Plague in India, 1896, 1897 - Volume 3
Year: 1896
Disease focus: Plague
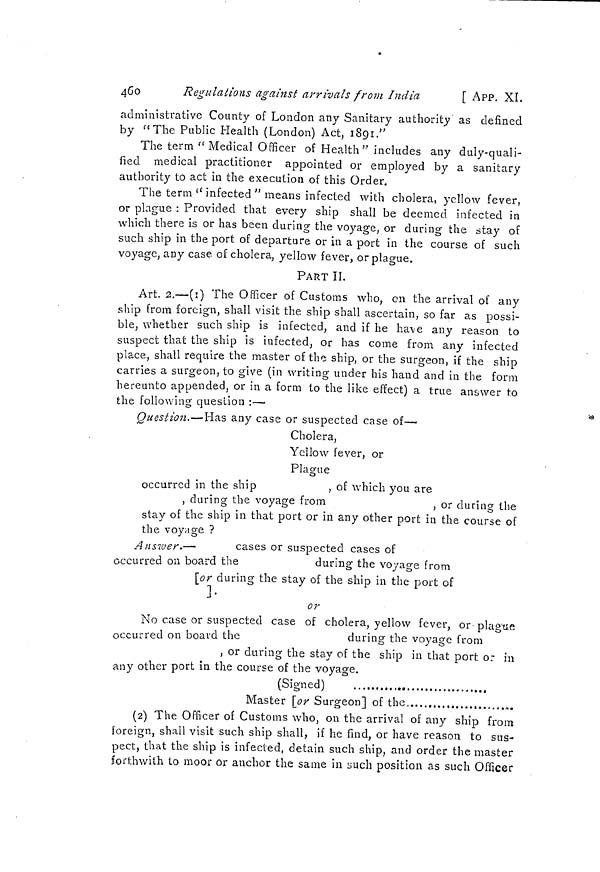
460
Regulations against arrivals from India
[ APP. XI.
administrative County of London any Sanitary authority' as defined
by "The Public Health (London) Act, 1891."
The term " Medical Officer of Health" includes any duly-quali-
fied medical practitioner appointed or employed by a sanitary
authority to act in the execution of this Order.
The term " infected " means infected with cholera, yellow fever,
or plague : Provided that every ship shall be deemed infected in
which there is or has been during the voyage, or during the stay of
such ship in the port of departure or in a port in the course of such
voyage, any case of cholera, yellow fever, or plague.
PART II.
Art. 2.—(1) The Officer of Customs who, on the arrival of any
ship from foreign, shall visit the ship shall ascertain, so far as possi-
ble, whether such ship is infected, and if he have any reason to
suspect that the ship is infected, or has come from any infected
place, shall require the master of the ship, or the surgeon, if the ship
carries a surgeon, to give (in writing under his hand and in the form
hereunto appended, or in a form to the like effect) a true answer to
the following question : —
Question.—'Has any case or suspected case of—
Cholera,
Yellow fever, or
Plague
occurred in the ship
, of which you are
, during the voyage from
, or during the
stay of the ship in that port or in any other port in the course of
the voyage ?
Answer.—
cases or suspected cases of
occurred on board the
during the voyage from
[or during the stay of the ship in the port of
or
No case or suspected case of cholera, yellow fever, or plague
occurred on board the
during the voyage from
, or during the stay of the ship in that port or in
any other port in the course of the voyage.
(Signed)
Master [or Surgeon] of the
(2) The Officer of Customs who, on the arrival of any ship from
foreign, shall visit such ship shall, if he find, or have reason to sus-
pect, that the ship is infected, detain such ship, and order the master
forthwith to moor or anchor the same in such position as such Officer